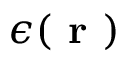
\epsilon ( \textbf { r } )